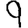
Digit: 9